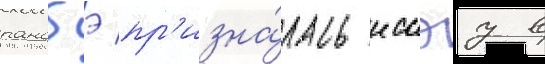
ранобэ пр'изна́лась иссэу в